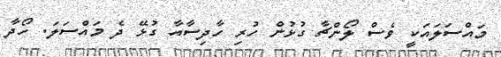
މައްސަލައަކީ ވެސް ލޯންޗާ ގުޅުން ހުރި ހާދިސާއާ ގުޅޭ ދެ މައްސަލަ. ހޯދާ